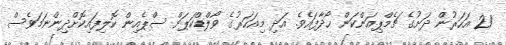
21 އަހަރުން ދަށުގެ ޗެމްޕިއަންކަން ހޯދާފައެވެ. އަދި މިއަހަރުގެ ވޯލްޑްކަޕަށް ސްޕެއިން ކޮލިފައިކޮށްދިންނަމަވެސް